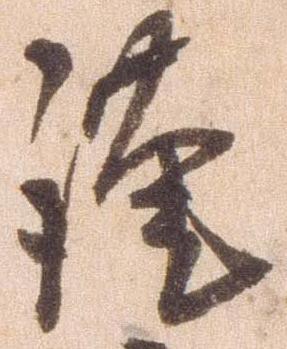
謹